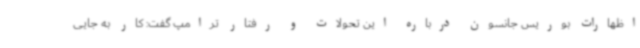
اظهارات بوریس جانسون درباره این تحولات و رفتار ترامپ گفت: کار به جایی